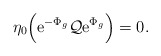
\begin{align*}\eta_0 \Bigl( {\rm e}^{-\Phi_g} {\cal Q} {\rm e}^{\Phi_g} \Bigr)=0.\end{align*}